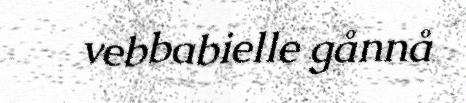
vebbabielle gånnå